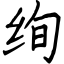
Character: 绚